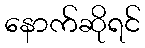
နောက်ဆိုရင်